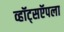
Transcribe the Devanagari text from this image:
व्हॉट्सऍपला